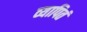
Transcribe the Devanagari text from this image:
व्यापितं